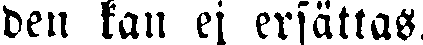
den kan ej ersättas.